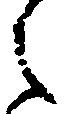
之